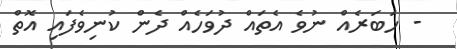
- ހަބަރެއް ނުވެ އެތައް ދުވަހެއް ދެން ކުނިވެފައި އޮތް